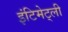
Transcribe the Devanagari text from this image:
इंटिमेट्ली